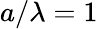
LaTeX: a/\lambda=1